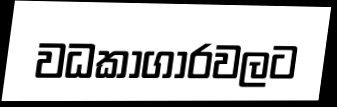
වධකාගාරවලට